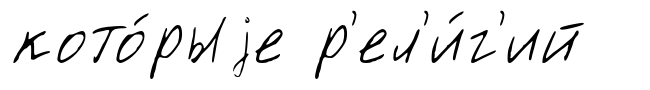
кото́рыjе р'ел'и́г'ий